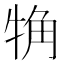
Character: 觕